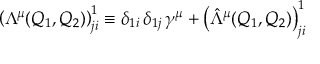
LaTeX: \left( \Lambda ^ { \mu } ( Q _ { 1 } , Q _ { 2 } ) \right) _ { j i } ^ { 1 } \equiv \delta _ { 1 i } \, \delta _ { 1 j } \, \gamma ^ { \mu } + \left( \hat { \Lambda } ^ { \mu } ( Q _ { 1 } , Q _ { 2 } ) \right) _ { j i } ^ { 1 }